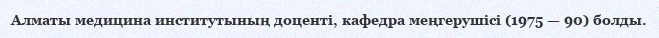
Алматы медицина институтының доценті, кафедра меңгерушісі (1975 — 90) болды.